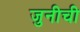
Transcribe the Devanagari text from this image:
जुनीची